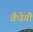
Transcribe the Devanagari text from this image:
वैधेगी